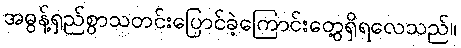
အဓွန့်ရှည်စွာသတင်းပြောင်ခဲ့ကြောင်းတွေ့ရှိရလေသည်။